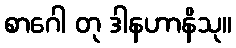
စာဂေါ တု ဒါနဟာနိသု။